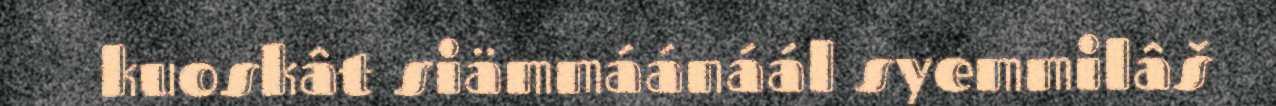
kuoskât siämmáánáál syemmilâš